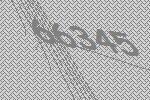
66345